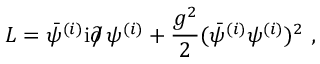
{ \cal L } = \bar { \psi } ^ { ( i ) } \mathrm { i } \partial \! \! \! / \, \psi ^ { ( i ) } + \frac { g ^ { 2 } } { 2 } ( \bar { \psi } ^ { ( i ) } \psi ^ { ( i ) } ) ^ { 2 } \ ,